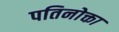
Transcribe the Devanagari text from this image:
पतिनोक्ता